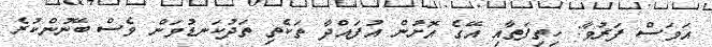
އަވަސް ފަރުވާ: ހިތިފަތާއި އޭގެ އޮށުން އުފައްދާ ތަކެތި ތަދުކަނޑުވަން ވެސް ބޭނުންކުރެ